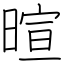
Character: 暄